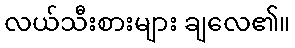
လယ်သီးစားများ ချလေ၏။